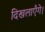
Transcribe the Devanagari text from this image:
दिखलाएँगे।